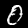
Label: 0